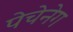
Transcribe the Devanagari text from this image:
पेचेनेग